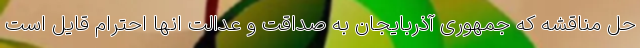
حل مناقشه که جمهوری آذربایجان به صداقت و عدالت انها احترام قایل است